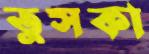
তুসকা